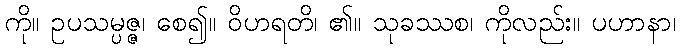
ကို။ ဥပသမ္ပဇ္ဇ၊ စေ၍။ ဝိဟရတိ၊ ၏။ သုခဿစ၊ ကိုလည်း။ ပဟာနာ၊